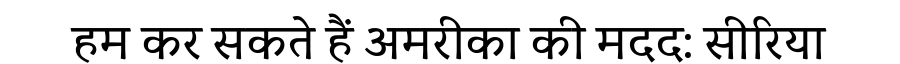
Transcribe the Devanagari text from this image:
हम कर सकते हैं अमरीका की मदद: सीरिया